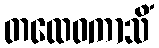
တထေဝကာသိံ